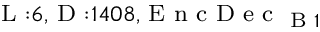
_ { \textrm { L } : 6 , \textrm { D } : 1 4 0 8 , \textrm { E n c D e c } _ { \textrm { B } 1 } }